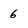
Character: 6